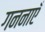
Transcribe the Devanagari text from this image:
गननाएँ